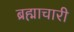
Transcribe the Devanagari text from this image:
ब्रह्माचारी